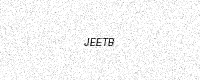
Text: JEETB